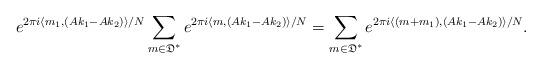
LaTeX: \begin{align*} e^{2 \pi i \langle{m_1, (Ak_1-Ak_2)}\rangle/N}\sum_{m \in \mathfrak{D}^*} e^{2 \pi i \langle{m, (Ak_1-Ak_2)}\rangle/N} = \sum_{m \in \mathfrak{D}^*} e^{2 \pi i \langle{(m+m_1), (Ak_1-Ak_2) }\rangle/N}. \end{align*}